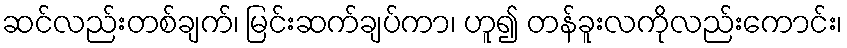
ဆင်လည်းတစ်ချက်၊ မြင်းဆက်ချပ်ကာ၊ ဟူ၍ တန်ခူးလကိုလည်းကောင်း၊